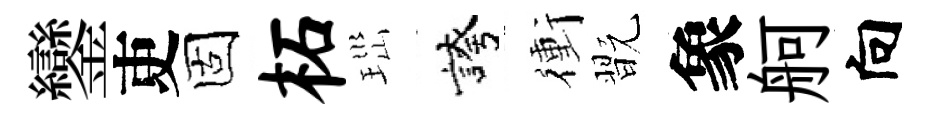
鑾吏固柘𤤼誇衝翫象舸向